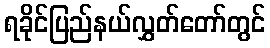
ရခိုင်ပြည်နယ်လွှတ်တော်တွင်